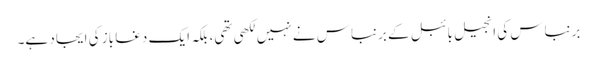
برنباس کی انجیل بائبل کے برنباس نے نہیں لکھی تھی، بلکہ ایک دغا باز کی ایجاد ہے۔